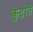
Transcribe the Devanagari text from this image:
कु़दरते